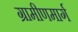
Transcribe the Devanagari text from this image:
ग्रामीणमार्ग